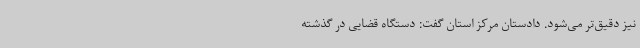
نیز دقیق‌تر می‌شود. دادستان مرکز استان گفت: دستگاه قضایی در گذشته